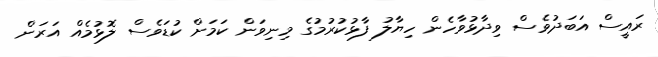
ރައީސް އަބަދުވެސް ވިދާޅުވާހެން ހިޔާލު ފާޅުކުރުމުގެ މިނިވަން ކަމަށް ކުޑަވެސް ލޮޅުމެއް އަރަން